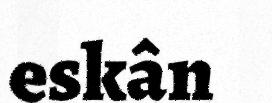
eskân